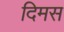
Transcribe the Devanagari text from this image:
दिमस